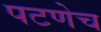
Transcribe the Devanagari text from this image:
पटणेच